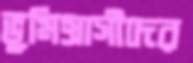
ভূমিগ্রাসীদের